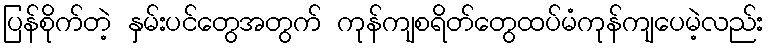
ပြန်စိုက်တဲ့ နှမ်းပင်တွေအတွက် ကုန်ကျစရိတ်တွေထပ်မံကုန်ကျပေမဲ့လည်း